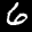
Label: 6